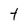
Character: t